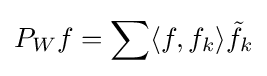
P_{W}f=\sum \langle f,f_{k}\rangle {\tilde {f}}_{k}